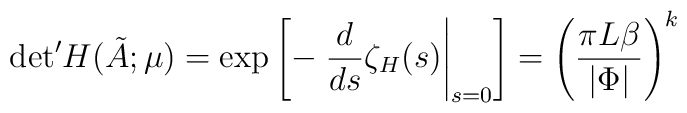
{\det}' H(\tilde A;\mu)=\exp\left[-\left.\frac{d}{ds}\zeta_H (s)\right\vert_{s=0}\right]=\left(\frac{\pi L\beta}{\vert\Phi\vert}\right)^k